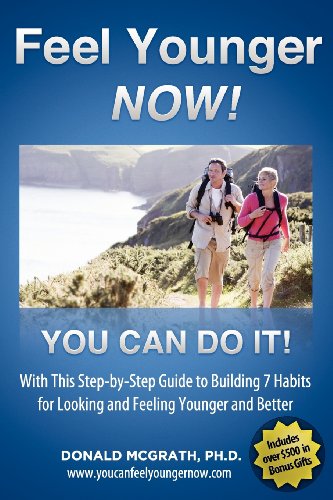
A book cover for Feel Younger - Now! 21 Days, 7 Habits: A Step-by-Step Guide to Building 7 Habits for Looking and Feeling Younger and Better; Don McGrath; Health, Fitness & Dieting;